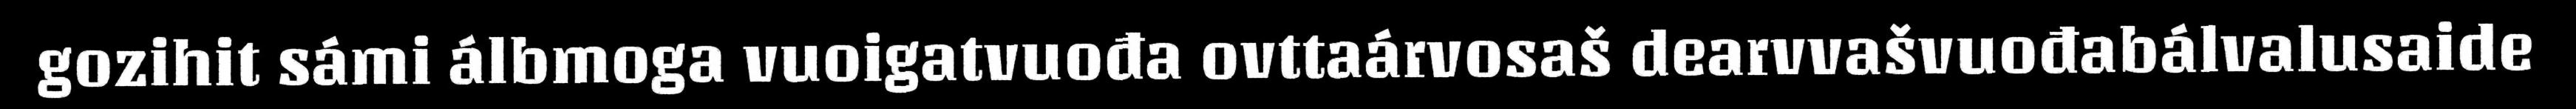
gozihit sámi álbmoga vuoigatvuođa ovttaárvosaš dearvvašvuođabálvalusaide